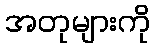
အတုများကို